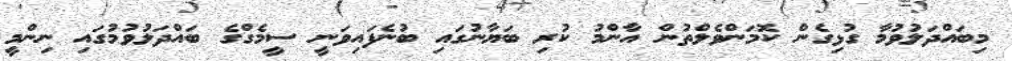
މިބައްދަލުވުމާ ގުޅިގެން ކޮމަންވެލްތުން އާންމު ކުރި ބަޔާނުގައި ބުނެފައިވަނީ ސީމެގްގެ ބައްދަލުވުމުގައި ނިންމީ